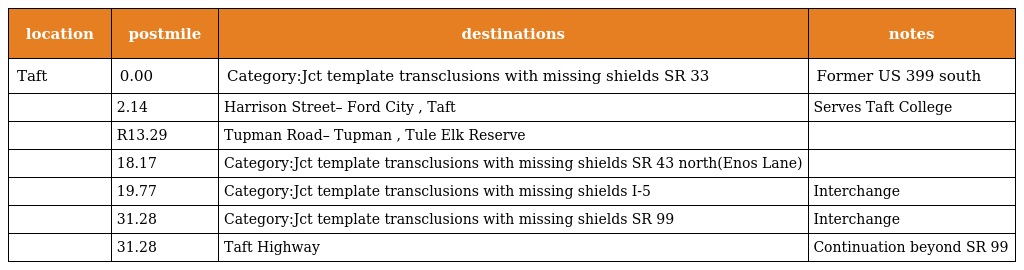
| location | postmile | destinations | notes |
 | --- | --- | --- | --- |
 | Taft | 0.00 | Category:Jct template transclusions with missing shields SR 33 | Former US 399 south |
 |  | 2.14 | Harrison Street– Ford City , Taft | Serves Taft College |
 |  | R13.29 | Tupman Road– Tupman , Tule Elk Reserve |  |
 |  | 18.17 | Category:Jct template transclusions with missing shields SR 43 north(Enos Lane) |  |
 |  | 19.77 | Category:Jct template transclusions with missing shields I-5 | Interchange |
 |  | 31.28 | Category:Jct template transclusions with missing shields SR 99 | Interchange |
 |  | 31.28 | Taft Highway | Continuation beyond SR 99 |